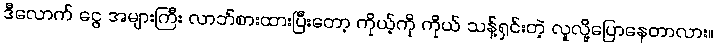
ဒီလောက် ငွေ အများကြီး လာဘ်စားထားပြီးတော့ ကိုယ့်ကို ကိုယ် သန့်ရှင်းတဲ့ လူလို့ပြောနေတာလား။